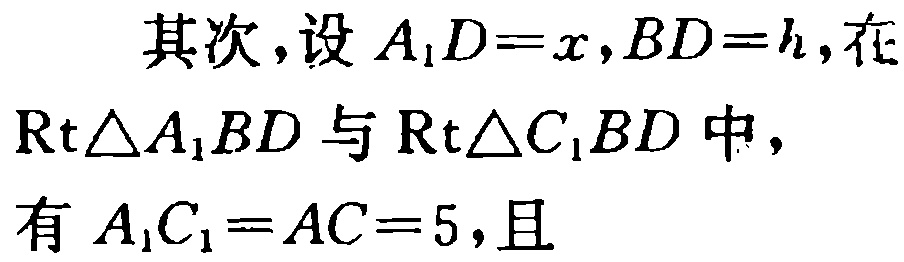
其次，设 \(A_{1}D = x,BD = h\)，在

\(\mathrm{Rt}\triangle A_{1}BD\) 与 \(\mathrm{Rt}\triangle C_{1}BD\) 中，

有 \(A_{1}C_{1}=AC = 5\)，且